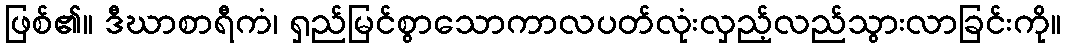
ဖြစ်၏။ ဒီဃာစာရီကံ၊ ရှည်မြင်စွာသောကာလပတ်လုံးလှည့်လည်သွားလာခြင်းကို။